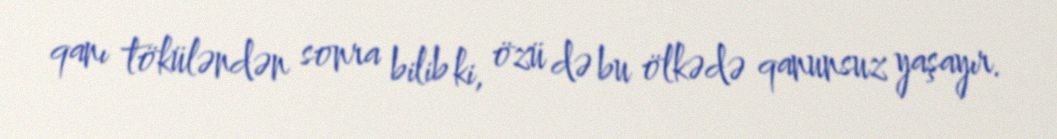
qanı töküləndən sonra bilib ki, özü də bu ölkədə qanunsuz yaşayır.